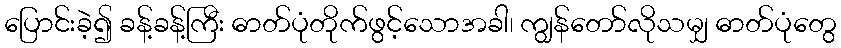
ပြောင်းခဲ့၍ ခန့်ခန့်ကြီး ဓာတ်ပုံတိုက်ဖွင့်သောအခါ၊ ကျွန်တော်လိုသမျှ ဓာတ်ပုံတွေ